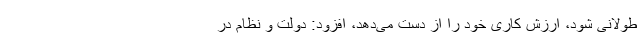
طولانی شود، ارزش کاری خود را از دست می‌دهد، افزود: دولت و نظام در